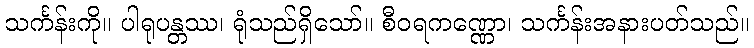
သင်္ကန်းကို။ ပါရုပန္တဿ၊ ရုံသည်ရှိသော်။ စီဝရကဏ္ဏော၊ သင်္ကန်းအနားပတ်သည်။